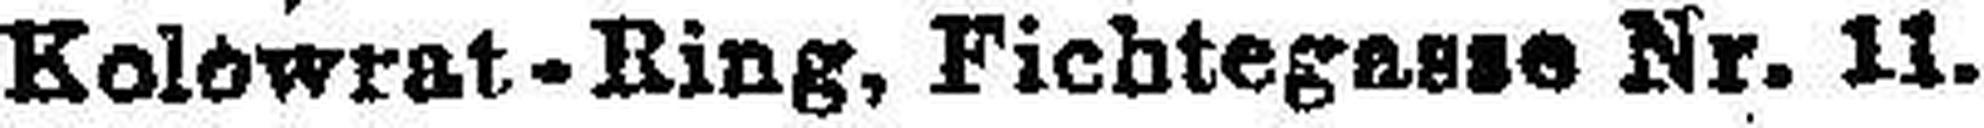
Kolowrat - Ring, Fichtegasse Nr. 11.